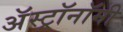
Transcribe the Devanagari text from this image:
अॅस्ट्रॉनॉमी